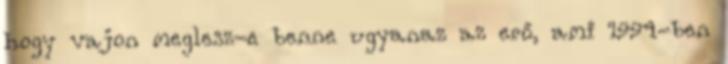
hogy vajon meglesz-e benne ugyanaz az erő, ami 1994-ben